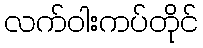
လက်ဝါးကပ်တိုင်